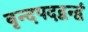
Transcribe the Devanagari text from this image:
वृन्दपदद्वन्द्वं